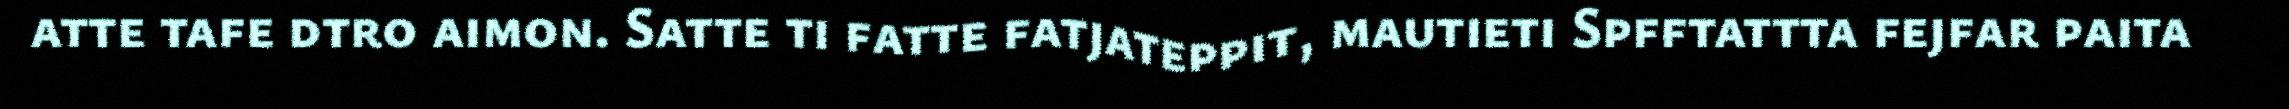
atte tafe dtro aimon. Satte ti fatte fatjateppit, mautieti Spfftattta fejfar paita